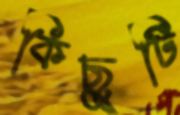
কিছুটি